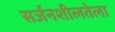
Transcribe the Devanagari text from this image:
सर्जनशीलतेला